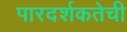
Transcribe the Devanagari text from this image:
पारदर्शकतेची